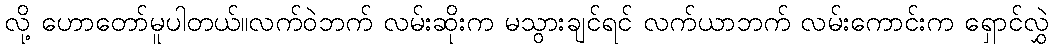
လို့ ဟောတော်မူပါတယ်။လက်ဝဲဘက် လမ်းဆိုးက မသွားချင်ရင် လက်ယာဘက် လမ်းကောင်းက ရှောင်လွှဲ